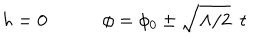
h = 0 \phi = \phi _ { 0 } \pm \sqrt { \Lambda / 2 } ~ ~ t